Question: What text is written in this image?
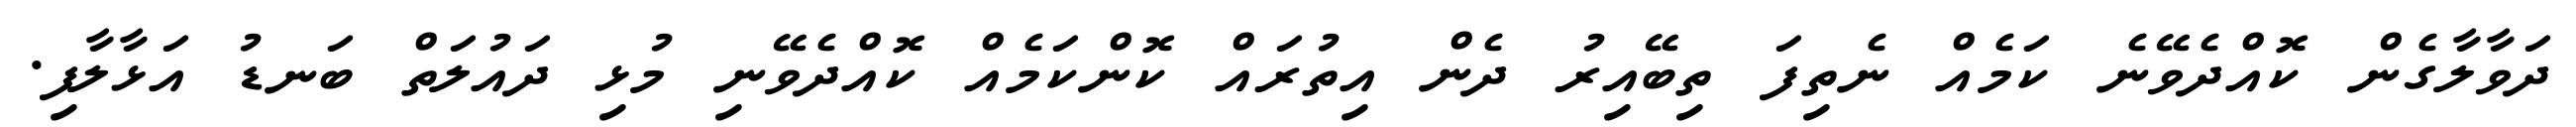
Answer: ދަވާލާގެން ކޮއްދެވޭނެ ކަމެއް ނެތިފަ ތިބޭއިރު ދެން އިތުރައް ކޮންކަމެއް ކޮއްދެވޭނި މުޅި ދައުލަތް ބަނޑު އަޅާލާފި.